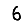
Digit: 6